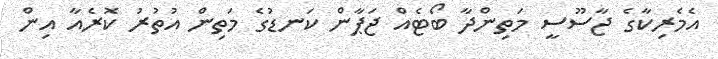
އެމެރިކާގެ ޖާސޫސީ މަތިންދާ ބޯޓެއް ޖަޕާން ކަނޑުގެ މަތިން އުތުރު ކޮރެއާ އިން